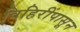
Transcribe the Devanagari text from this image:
विहिरींपासून